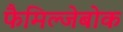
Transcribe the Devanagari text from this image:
फैमिल्जेबोक